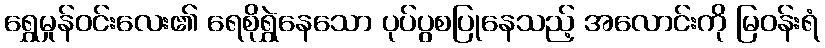
ရွှေမှုန်ဝင်းလေး၏ ရေစိုရွှဲနေသော ပုပ်ပွစပြုနေသည့် အလောင်းကို မြဝန်းရံ